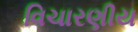
વિચારણીય